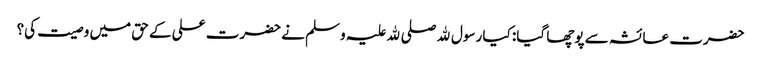
حضرت عائشہ سے پوچھا گیا: کیا رسول ﷲ صلی ﷲ علیہ وسلم نے حضرت علی کے حق میں وصیت کی؟